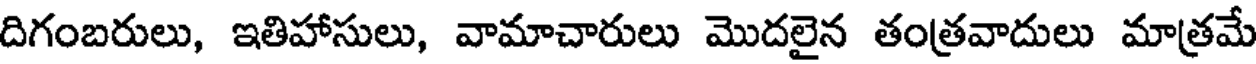
దిగంబరులు, ఇతిహాసులు, వామాచారులు మొదలైన తంత్రవాదులు మాత్రమే